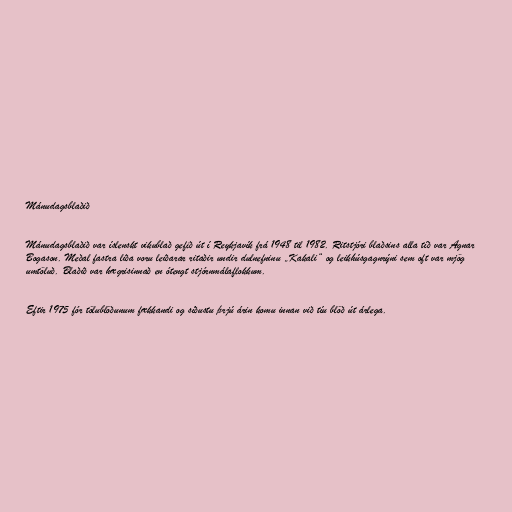
Mánudagsblaðið

Mánudagsblaðið var íslenskt vikublað gefið út í Reykjavík frá 1948 til 1982. Ritstjóri blaðsins alla tíð var Agnar
Bogason. Meðal fastra liða voru leiðarar ritaðir undir dulnefninu „Kakali“ og leikhúsgagnrýni sem oft var mjög
umtöluð. Blaðið var hægrisinnað en ótengt stjórnmálaflokkum.

Eftir 1975 fór tölublöðunum fækkandi og síðustu þrjú árin komu innan við tíu blöð út árlega.